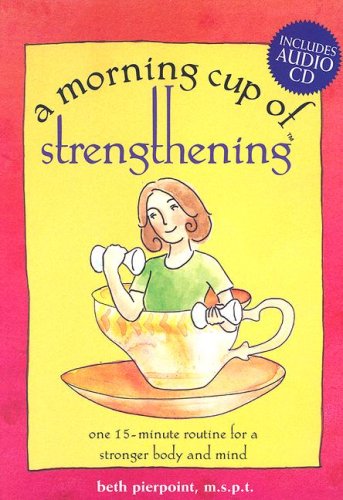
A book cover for A Morning Cup of Strengthening (Includes Audio CD); Beth Pierpoint; Health, Fitness & Dieting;